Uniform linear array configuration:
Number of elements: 32
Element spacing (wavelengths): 0.5
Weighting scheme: cosine
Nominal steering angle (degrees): -30
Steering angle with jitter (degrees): -30.088
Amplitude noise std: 0.05
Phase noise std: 0.05

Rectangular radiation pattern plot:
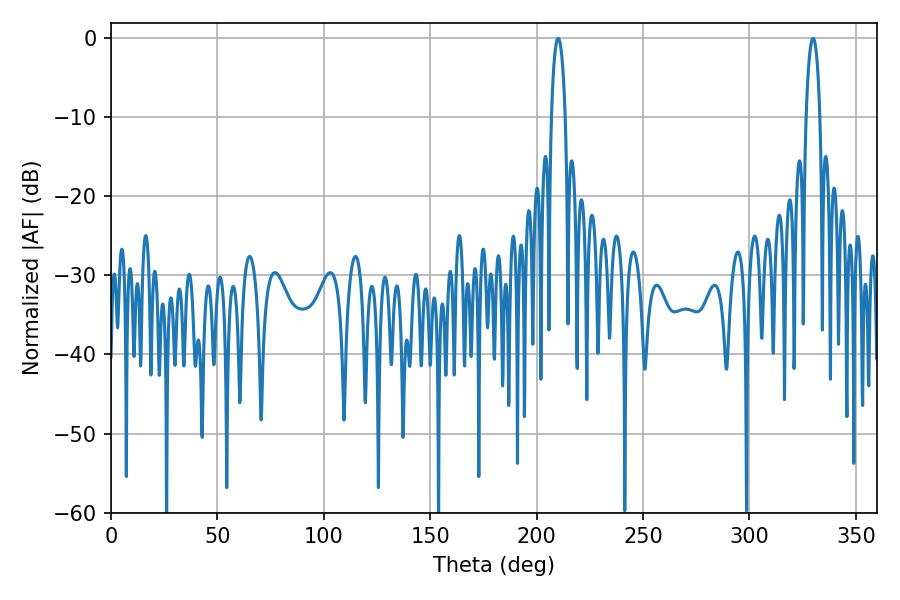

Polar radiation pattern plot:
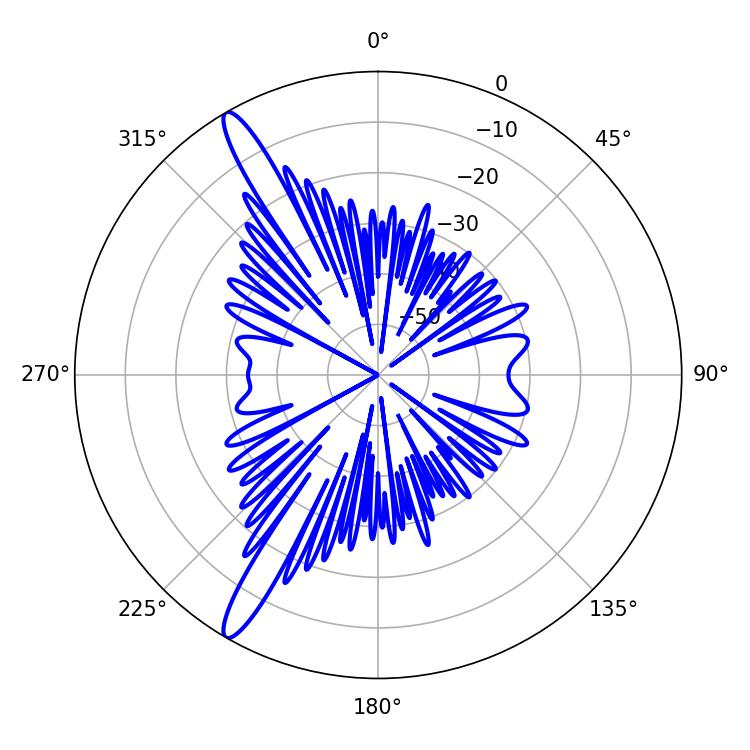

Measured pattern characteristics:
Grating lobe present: FALSE
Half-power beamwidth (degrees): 3.78
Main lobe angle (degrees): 210.06